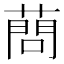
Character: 蔄